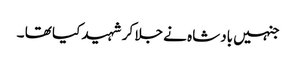
جنہیں بادشاہ نے جلا کر شہید کیا تھا ۔